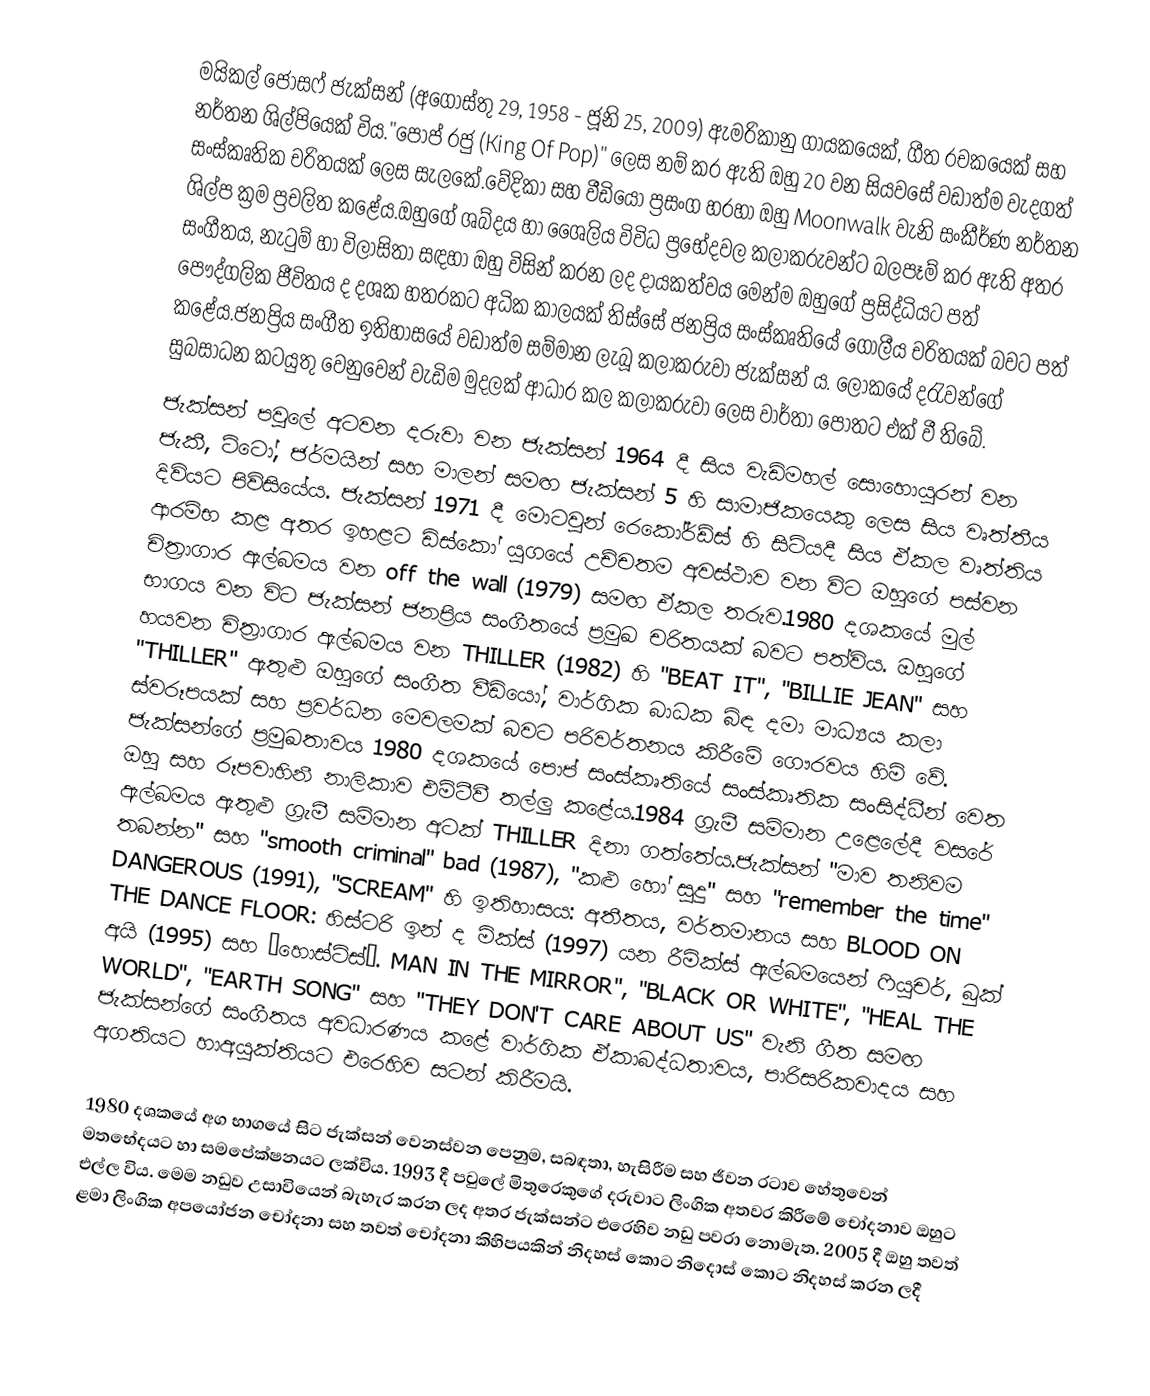
මයිකල් ජෝසෆ් ජැක්සන් (අගෝස්තු 29, 1958 - ජූනි 25, 2009) ඇමරිකානු ගායකයෙක්, ගීත රචකයෙක් සහ නර්තන ශිල්පියෙක් විය."පොප් රජු (King Of Pop)" ලෙස නම් කර ඇති ඔහු 20 වන සියවසේ වඩාත්ම වැදගත් සංස්කෘතික චරිතයක් ලෙස සැලකේ.වේදිකා සහ වීඩියෝ ප්‍රසංග හරහා ඔහු Moonwalk වැනි සංකීර්ණ නර්තන ශිල්ප ක්‍රම ප්‍රචලිත කළේය.ඔහුගේ ශබ්දය හා ශෛලිය විවිධ ප්‍රභේදවල කලාකරුවන්ට බලපෑම් කර ඇති අතර සංගීතය, නැටුම් හා විලාසිතා සඳහා ඔහු විසින් කරන ලද දායකත්වය මෙන්ම ඔහුගේ ප්‍රසිද්ධියට පත් පෞද්ගලික ජීවිතය ද දශක හතරකට අධික කාලයක් තිස්සේ ජනප්‍රිය සංස්කෘතියේ ගෝලීය චරිතයක් බවට පත් කළේය.ජනප්‍රිය සංගීත ඉතිහාසයේ වඩාත්ම සම්මාන ලැබූ කලාකරුවා ජැක්සන් ය. ලෝකයේ දරැවන්ගේ සුබසාධන කටයුතු වෙනුවෙන් වැඩිම මුදලක් ආධාර කල කලාකරුවා ලෙස වාර්තා පොතට එක් වී තිබේ.
ජැක්සන් පවුලේ අටවන දරුවා වන ජැක්සන් 1964 දී සිය වැඩිමහල් සොහොයුරන් වන ජැකී, ටිටෝ, ජර්මයින් සහ මාලන් සමඟ ජැක්සන් 5 හි සාමාජිකයෙකු ලෙස සිය වෘත්තීය දිවියට පිවිසියේය. ජැක්සන් 1971 දී මොටවුන් රෙකෝර්ඩ්ස් හි සිටියදී සිය ඒකල වෘත්තිය ආරම්භ කළ අතර ඉහළට  ඩිස්කෝ යුගයේ උච්චතම අවස්ථාව වන විට ඔහුගේ පස්වන චිත්‍රාගාර ඇල්බමය වන off the wall (1979) සමඟ ඒකල තරුව.1980 දශකයේ මුල් භාගය වන විට ජැක්සන් ජනප්‍රිය සංගීතයේ ප්‍රමුඛ චරිතයක් බවට පත්විය.  ඔහුගේ හයවන චිත්‍රාගාර ඇල්බමය වන THILLER (1982) හි "BEAT IT", "BILLIE JEAN" සහ "THILLER" ඇතුළු ඔහුගේ සංගීත වීඩියෝ, වාර්ගික බාධක බිඳ දමා මාධ්‍යය කලා ස්වරූපයක් සහ ප්‍රවර්ධන මෙවලමක් බවට පරිවර්තනය කිරීමේ ගෞරවය හිමි වේ. ජැක්සන්ගේ ප්‍රමුඛතාවය 1980 දශකයේ පොප් සංස්කෘතියේ සංස්කෘතික සංසිද්ධීන් වෙත ඔහු සහ රූපවාහිනී නාලිකාව එම්ටීවී තල්ලු කළේය.1984 ග්‍රැමී සම්මාන උළෙලේදී වසරේ ඇල්බමය ඇතුළු ග්‍රැමී සම්මාන අටක් THILLER දිනා ගත්තේය.ජැක්සන් "මාව තනිවම තබන්න" සහ "smooth criminal" bad (1987), "කළු හෝ සුදු" සහ "remember the time" DANGEROUS (1991), "SCREAM" හි ඉතිහාසය: අතීතය, වර්තමානය සහ  BLOOD ON THE DANCE FLOOR: හිස්ටරි ඉන් ද මික්ස් (1997) යන රීමික්ස් ඇල්බමයෙන් ෆියුචර්, බුක් අයි (1995) සහ “හොස්ට්ස්”. MAN IN THE MIRROR", "BLACK OR WHITE", "HEAL THE WORLD", "EARTH SONG" සහ "THEY DON'T CARE ABOUT US" වැනි ගීත සමඟ ජැක්සන්ගේ සංගීතය අවධාරණය කළේ වාර්ගික ඒකාබද්ධතාවය, පාරිසරිකවාදය සහ අගතියට හාඅයුක්තියට එරෙහිව සටන් කිරීමයි.

1980 දශකයේ අග භාගයේ සිට ජැක්සන් වෙනස්වන පෙනුම, සබඳතා, හැසිරීම සහ ජීවන රටාව හේතුවෙන් මතභේදයට හා සමපේක්ෂනයට ලක්විය. 1993 දී පවුලේ මිතුරෙකුගේ දරුවාට ලිංගික අතවර කිරීමේ චෝදනාව ඔහුට එල්ල විය. මෙම නඩුව උසාවියෙන් බැහැර කරන ලද අතර ජැක්සන්ට එරෙහිව නඩු පවරා නොමැත.  2005 දී ඔහු තවත් ළමා ලිංගික අපයෝජන චෝදනා සහ තවත් චෝදනා කිහිපයකින් නිදහස් කොට නිදොස් කොට නිදහස් කරන ලදී